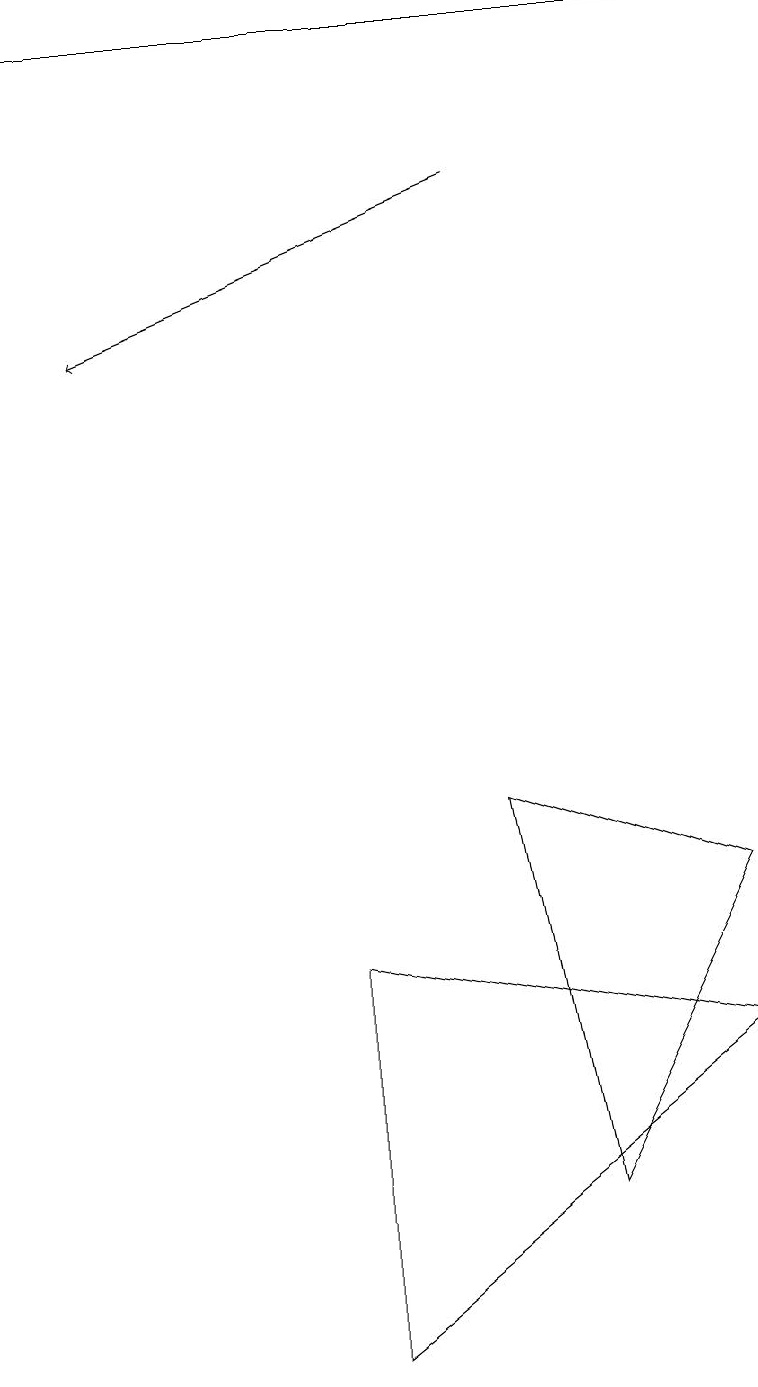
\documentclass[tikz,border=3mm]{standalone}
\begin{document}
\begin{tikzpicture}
\draw[->] (0,17) -- (9,17);
\draw (4,5) -- (9,4) -- (4,0) -- cycle;
\draw[->] (6,15) -- (1,13);
\draw (6,7) -- (7,2) -- (9,6) -- cycle;
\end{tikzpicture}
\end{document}